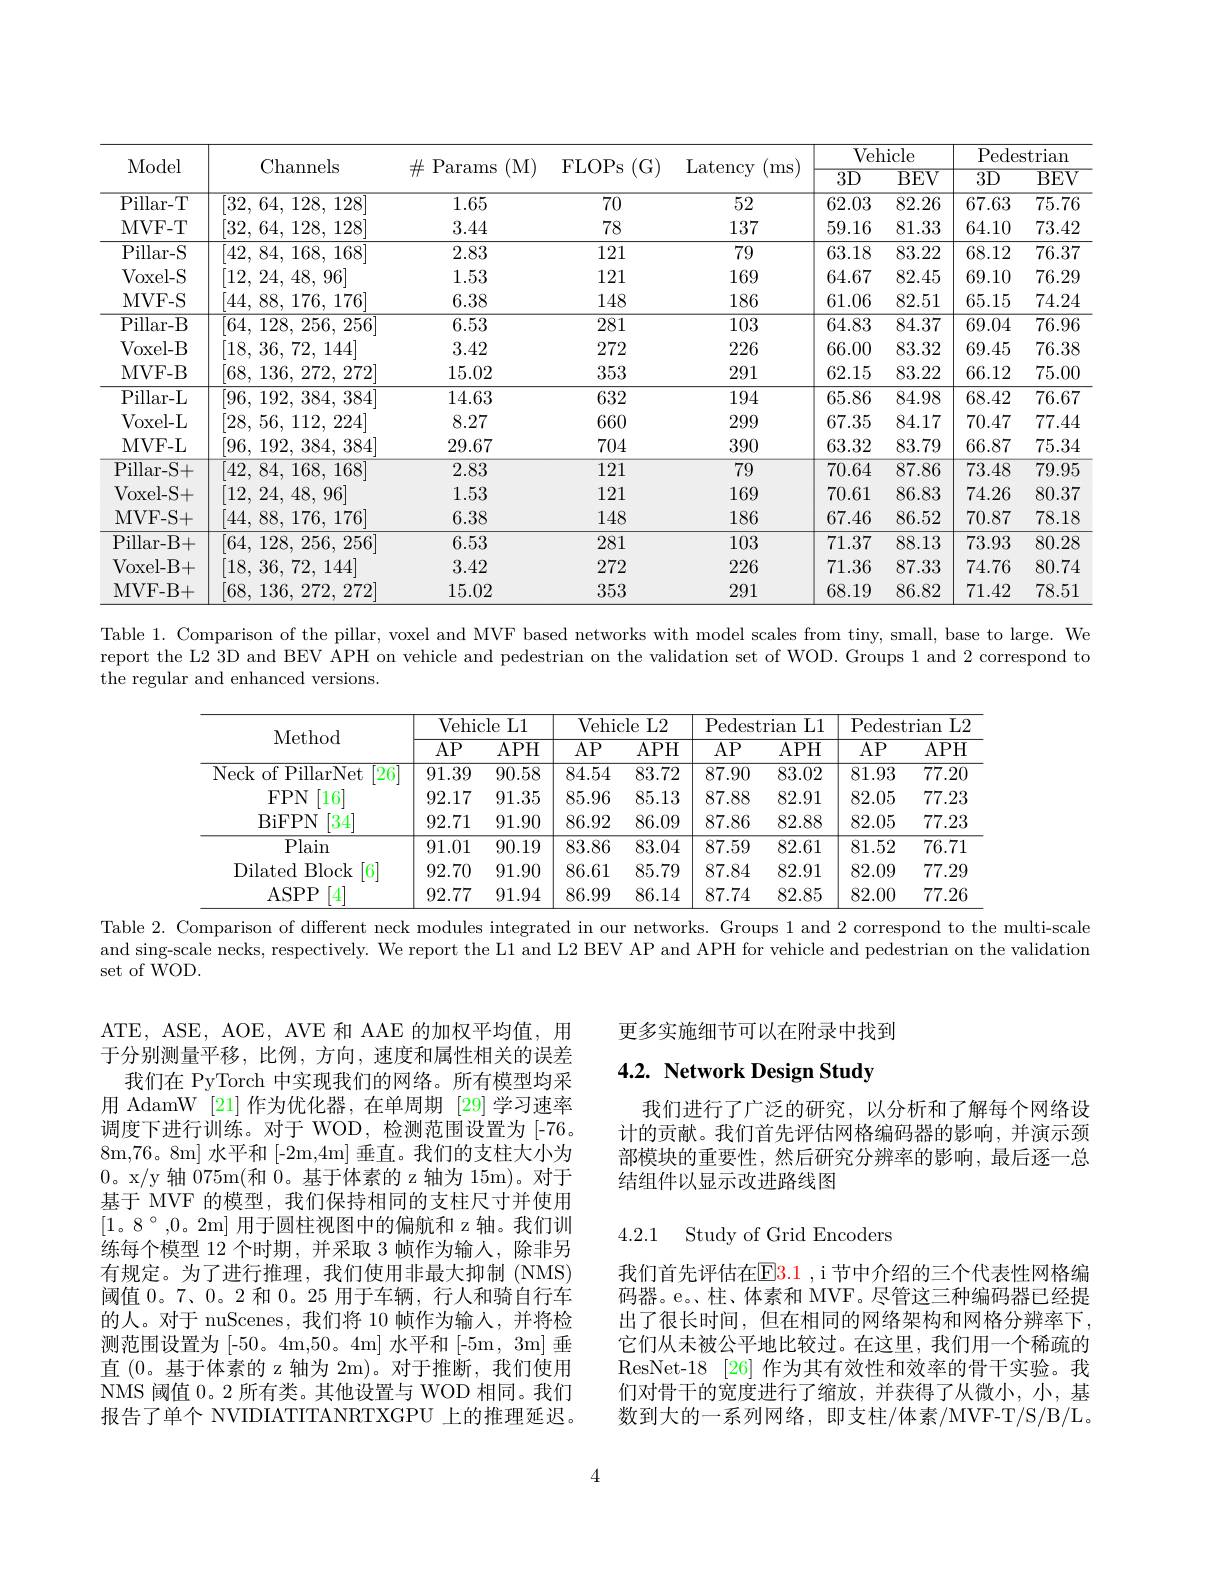
<table>
	<tbody>
		<tr>
			<th rowspan="2">Model</th>
			<th rowspan="2">Channels</th>
			<th rowspan="2">(M) $\#$ Params</th>
			<th rowspan="2">FLOPS (G)</th>
			<th rowspan="2">Latency (ms)</th>
			<th colspan="2">Vehicle</th>
			<th colspan="2">Pedestrian</th>
		</tr>
		<tr>
			<th>$\overline{3D}$</th>
			<th>$\overline{\mathrm{BEV}}$</th>
			<th>$\overline{3D}$</th>
			<th>$\overline{\mathrm{BEV}}$</th>
		</tr>
		<tr>
			<td>Pillar- T</td>
			<td>32, 64, 128, 128</td>
			<td>1.65</td>
			<td>70</td>
			<td>52</td>
			<td>62.03</td>
			<td>82.26</td>
			<td>67.63</td>
			<td>75.76</td>
		</tr>
		<tr>
			<td>MVF- T</td>
			<td>[32, 64, 128, 128]</td>
			<td>3.44</td>
			<td>78</td>
			<td>137</td>
			<td>59.16</td>
			<td>81.33</td>
			<td>64.10</td>
			<td>73.42</td>
		</tr>
		<tr>
			<td>Pillar- S</td>
			<td>[42, 84, 168, 168]</td>
			<td>2.83</td>
			<td>121</td>
			<td>79</td>
			<td>63.18</td>
			<td>83.22</td>
			<td>68.12</td>
			<td>76.37</td>
		</tr>
		<tr>
			<td>Voxel- S</td>
			<td>[12, 24, 48, 96]</td>
			<td>1.53</td>
			<td>121</td>
			<td>169</td>
			<td>64.67</td>
			<td>82.45</td>
			<td>69.10</td>
			<td>76.29</td>
		</tr>
		<tr>
			<td>MVF- S</td>
			<td>[44, 88, 176, 176]</td>
			<td>6.38</td>
			<td>148</td>
			<td>186</td>
			<td>61.06</td>
			<td>82.51</td>
			<td>65.15</td>
			<td>74.24</td>
		</tr>
		<tr>
			<td>Pillar- B</td>
			<td>[64, 128, 256, 256</td>
			<td>6.53</td>
			<td>281</td>
			<td>103</td>
			<td>64.83</td>
			<td>84.37</td>
			<td>69.04</td>
			<td>76.96</td>
		</tr>
		<tr>
			<td>Voxel- B</td>
			<td>[18, 36, 72, 144]</td>
			<td>3.42</td>
			<td>272</td>
			<td>226</td>
			<td>66.00</td>
			<td>83.32</td>
			<td>69.45</td>
			<td>76.38</td>
		</tr>
		<tr>
			<td>MVF- B</td>
			<td>[68, 136, 272, 272]</td>
			<td>15.02</td>
			<td>353</td>
			<td>291</td>
			<td>62.15</td>
			<td>83.22</td>
			<td>66.12</td>
			<td>75.00</td>
		</tr>
		<tr>
			<td>Pillar- L</td>
			<td>[96, 192, 384, 384]</td>
			<td>14.63</td>
			<td>632</td>
			<td>194</td>
			<td>65.86</td>
			<td>84.98</td>
			<td>68.42</td>
			<td>76.67</td>
		</tr>
		<tr>
			<td>Voxel- L</td>
			<td>[28, 56, 112, 224]</td>
			<td>8.27</td>
			<td>660</td>
			<td>299</td>
			<td>67.35</td>
			<td>84.17</td>
			<td>70.47</td>
			<td>77.44</td>
		</tr>
		<tr>
			<td>MVF- L</td>
			<td>[96, 192, 384, 384]</td>
			<td>29.67</td>
			<td>704</td>
			<td>390</td>
			<td>63.32</td>
			<td>83.79</td>
			<td>66.87</td>
			<td>75.34</td>
		</tr>
		<tr>
			<td>Pillar- S+ </td>
			<td>42, 84, 168, 168</td>
			<td>2.83</td>
			<td>121</td>
			<td>79</td>
			<td>70.64</td>
			<td>87.86</td>
			<td>73.48</td>
			<td>79.95</td>
		</tr>
		<tr>
			<td>Voxel- S+ </td>
			<td>[12, 24, 48, 96]</td>
			<td>1.53</td>
			<td>121</td>
			<td>169</td>
			<td>70.61</td>
			<td>86.83</td>
			<td>74.26</td>
			<td>80.37</td>
		</tr>
		<tr>
			<td>MVF- S+ </td>
			<td>[44,88,176,176]</td>
			<td>6.38</td>
			<td>148</td>
			<td>186</td>
			<td>67.46</td>
			<td>86.52</td>
			<td>70.87</td>
			<td>78.18</td>
		</tr>
		<tr>
			<td>Pillar- B+ </td>
			<td>[64, 128, 256, 256]</td>
			<td>6.53</td>
			<td>281</td>
			<td>103</td>
			<td>71.37</td>
			<td>88.13</td>
			<td>73.93</td>
			<td>80.28</td>
		</tr>
		<tr>
			<td>Voxel- B+ </td>
			<td>[18, 36, 72, 144]</td>
			<td>3.42</td>
			<td>272</td>
			<td>226</td>
			<td>71.36</td>
			<td>87.33</td>
			<td>74.76</td>
			<td>80.74</td>
		</tr>
		<tr>
			<td>MVF- B+ </td>
			<td>[68, 136, 272, 272]</td>
			<td>15.02</td>
			<td>353</td>
			<td>291</td>
			<td>68.19</td>
			<td>86.82</td>
			<td>71.42</td>
			<td>78.51</td>
		</tr>
	</tbody>
</table>

Table 1. Comparison of the pillar, voxel and MVF based networks with model scales from tiny, small, base to large. We report the L2 3D and BEV APH on vehicle and pedestrian on the validation set of WOD. Groups 1 and 2 correspond to the regular and enhanced versions.

<table>
	<tbody>
		<tr>
			<th rowspan="2">Method</th>
			<th colspan="2">Vehicle ;L1 1</th>
			<th colspan="2">Vehicle $\textcircled{2}$L2</th>
			<th colspan="2">Pedestrian L1</th>
			<th colspan="2">Pedestrian L2</th>
		</tr>
		<tr>
			<th>$AP$</th>
			<th>APH</th>
			<th>$AP$</th>
			<th>$APH$</th>
			<th>$AP$</th>
			<th>APH</th>
			<th>$AP$</th>
			<th>$APH$</th>
		</tr>
		<tr>
			<td>Neck of PillarNet 26</td>
			<td>91.39</td>
			<td>90.58</td>
			<td>84.54</td>
			<td>83.72</td>
			<td>87.90</td>
			<td>83.02</td>
			<td>81.93</td>
			<td>77.20</td>
		</tr>
		<tr>
			<td>$FPN$ $[16^{\circ}]$</td>
			<td>92.17</td>
			<td>91.35</td>
			<td>85.96</td>
			<td>85.13</td>
			<td>87.88</td>
			<td>82.91</td>
			<td>82.05</td>
			<td>77.23</td>
		</tr>
		<tr>
			<td>BiFPN [34]</td>
			<td>92.71</td>
			<td>91.90</td>
			<td>86.92</td>
			<td>86.09</td>
			<td>87.86</td>
			<td>82.88</td>
			<td>82.05</td>
			<td>77.23</td>
		</tr>
		<tr>
			<td>Plain</td>
			<td>91.01</td>
			<td>90.19</td>
			<td>83.86</td>
			<td>83.04</td>
			<td>87.59</td>
			<td>82.61</td>
			<td>81.52</td>
			<td>76.71</td>
		</tr>
		<tr>
			<td>Dilated Block 6</td>
			<td>92.70</td>
			<td>91.90</td>
			<td>86.61</td>
			<td>85.79</td>
			<td>87.84</td>
			<td>82.91</td>
			<td>82.09</td>
			<td>77.29</td>
		</tr>
		<tr>
			<td>ASPP 4</td>
			<td>92.77</td>
			<td>91.94</td>
			<td>86.99</td>
			<td>86.14</td>
			<td>87.74</td>
			<td>82.85</td>
			<td>82.00</td>
			<td>77.26</td>
		</tr>
	</tbody>
</table>

Table 2. Comparison of different neck modules integrated in our networks. Groups 1 and 2 correspond to the multi-scale

and sing-scale necks, respectively. We report the L1 and L2 BEV AP and APH for vehicle and pedestrian on the validation

set of WOD.

更多实施细节可以在附录中找到

# 4.2. Network Design Study

我们进行了广泛的研究，以分析和了解每个网络设计的贡献。我们首先评估网格编码器的影响，并演示颈部模块的重要性，然后研究分辨率的影响，最后逐一总结组件以显示改进路线图

ATE, ASE, AOE, AVE 和 AAE 的加权平均值，用于分别测量平移，比例，方向，速度和属性相关的误差
我们在 PyTorch 中实现我们的网络。所有模型均采用 AdamW [21] 作为优化器，在单周期 [29]学习速率调度下进行训练。对于 WOD,检测范围设置为[-76。8m,76。8m] 水平和 [-2m,4m] 垂直。我们的支柱大小为0。x/y 轴 075m(和 0。基于体素的 z 轴为 15m)。对于基于 MVF 的模型，我们保持相同的支柱尺寸并使用$[1。8^\circ,0。2$m] 用于圆柱视图中的偏航和 z 轴。我们训练每个模型 12 个时期，并采取 3 帧作为输入，除非另有规定。为了进行推理，我们使用非最大抑制(NMS) 阈值0。7、0。2 和0。25 用于车辆，行人和骑自行车的人。对于 nuScenes, 我们将 10 帧作为输入，并将检测范围设置为[-50。4m,50。4m] 水平和[-5m,3m]垂直 (0。基于体素的 z 轴为 2m)。对于推断，我们使用NMS 阈值 0。2 所有类。其他设置与 WOD 相同。我们报告了单个 NVIDIATITANRTXGPU 上的推理延迟。

4.2.1 Study of Grid Encoders

我们首先评估在E$\color{red} 3. 1$ ,i 节中介绍的三个代表性网格编码器。e。柱、体素和 MVF。尽管这三种编码器已经提出了很长时间，但在相同的网络架构和网格分辨率下， 它们从未被公平地比较过。在这里，我们用一个稀疏的ResNet-18 [26]作为其有效性和效率的骨干实验。我们对骨干的宽度进行了缩放，并获得了从微小，小，基数到大的一系列网络，即支柱/体素/MVF-T/S/B/L.

4